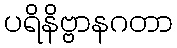
ပရိနိဗ္ဗာနဂတာ